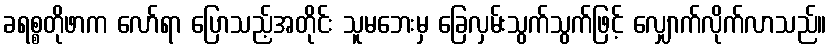
ခရစ္စတိုဖာက လော်ရာ ပြောသည့်အတိုင်း သူမဘေးမှ ခြေလှမ်းသွက်သွက်ဖြင့် လျှောက်လိုက်လာသည်။